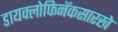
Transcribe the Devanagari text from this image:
डायक्लोफिनॅकसारखे